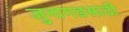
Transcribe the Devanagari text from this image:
जुनागडसाठी